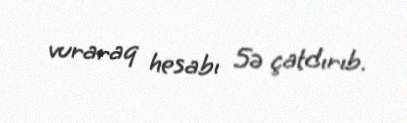
vuraraq hesabı 5ə çatdırıb.